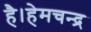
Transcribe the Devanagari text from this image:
है।हेमचन्द्र